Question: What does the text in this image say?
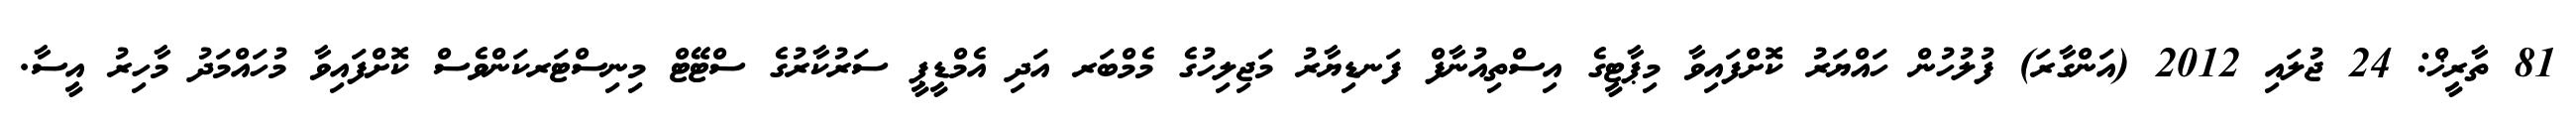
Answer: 81 ތާރީޚް: 24 ޖުލައި 2012 (އަންގާރަ) ފުލުހުން ހައްޔަރު ކޮށްފައިވާ މިޕާޓީގެ އިސްތިއުނާފް ފަނޑިޔާރު މަޖިލިހުގެ މެމްބަރ އަދި އެމްޑީޕީ ސަރުކާރުގެ ސްޓޭޓް މިނިސްޓަރކަންވެސް ކޮށްފައިވާ މުހައްމަދު މާހިރު އީސާ.